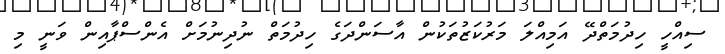
ސިއްހީ ހިދުމަތްދޭ އަމިއްލަ މަރުކަޒުތަކުން އާސަންދަގެ ހިދުމަތް ނުދިނުމަށް އެންސްޕާއިން ވަނީ މި